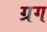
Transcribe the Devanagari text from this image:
ग्रग